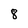
Character: 8